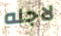
لاجله